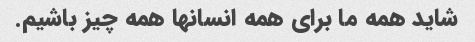
شاید همه ما برای همه انسانها همه چیز باشیم.